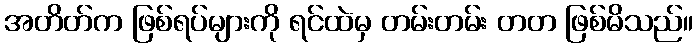
အတိတ်က ဖြစ်ရပ်များကို ရင်ထဲမှ တမ်းတမ်း တတ ဖြစ်မိသည်။